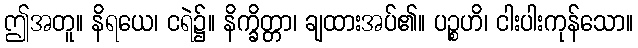
ဤအတူ။ နိရယေ၊ ငရဲ၌။ နိက္ခိတ္တာ၊ ချထားအပ်၏။ ပဉ္စဟိ၊ ငါးပါးကုန်သော။